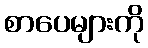
စာပေများကို